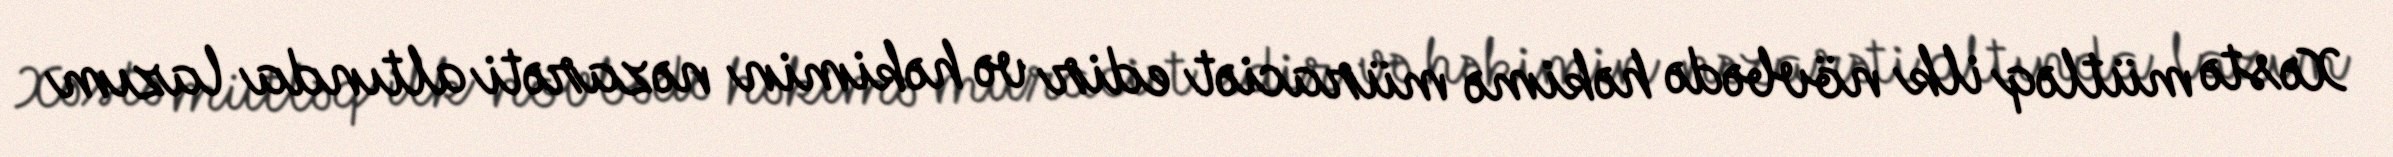
Xəstə mütləq ilk növbədə həkimə müraciət edir və həkimin nəzarəti altında lazım